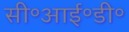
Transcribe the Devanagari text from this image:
सी॰आई॰डी॰